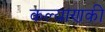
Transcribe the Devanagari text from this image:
कल्याणकी